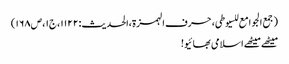
(جمع الجوامع للسیوطی،حرف الہمزۃ،الحدیث:۱۱۲۲،ج۱،ص۱۶۸)
میٹھے میٹھے اسلامی بھائیو!